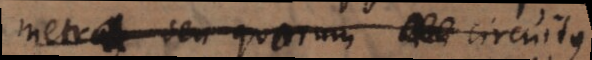
metrae, seu quarum circuitus